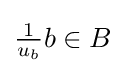
{\textstyle {\frac {1}{u_{b}}}b\in B}